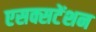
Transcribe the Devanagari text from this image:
एसक्सटेंशन